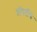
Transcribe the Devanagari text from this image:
प्रॉपर्टीचे